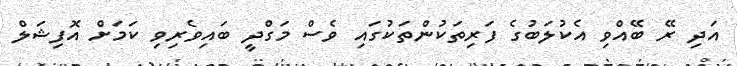
އަދި ރޭ ބޭއްވި އެކުލަބުގެ ފަރިތަކުންތަކުގައި ވެސް މަގްދީ ބައިވެރިވި ކަމަށް އޮފިޝަލް